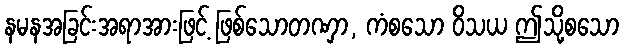
နမနအခြင်းအရာအားဖြင့် ဖြစ်သောတဏှာ, ကံစသော ဝိသယ ဤသို့စသော